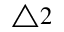
\triangle 2